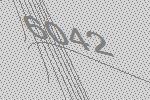
6042